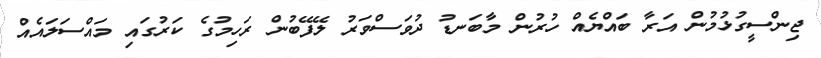
ޖިންސީގުޅުމުން އަރާ ބައްޔެއް ހުރުން މާބަނޑު ދުވަސްވަރު ލޭފޭބުން ރަހިމުގެ ކަރުގައި މައްސަލައެއް